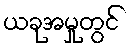
ယခုအမှုတွင်